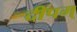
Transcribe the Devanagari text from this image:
दीपम्‌